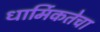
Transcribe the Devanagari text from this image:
धार्मिकतेचा